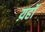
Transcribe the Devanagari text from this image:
य़हॉ